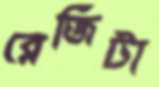
রেজিটা